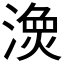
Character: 𱨖